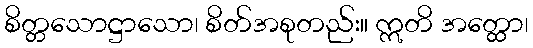
စိတ္တသောဋ္ဌာသော၊ စိတ်အစုတည်း။ ဣတိ အတ္ထော၊